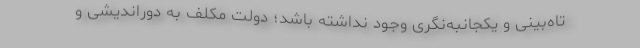
تاه‌بینی و یکجانبه‌نگری وجود نداشته باشد؛ دولت مکلف به دوراندیشی و